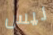
ليس